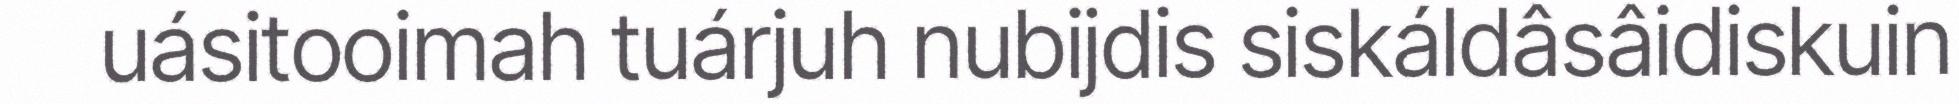
uásitooimah tuárjuh nubijdis siskáldâsâidiskuin